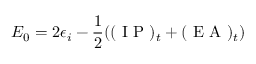
E _ { 0 } = 2 \epsilon _ { i } - \frac { 1 } { 2 } ( ( \mathrm { ~ I ~ P ~ } ) _ { t } + ( \mathrm { ~ E ~ A ~ } ) _ { t } )